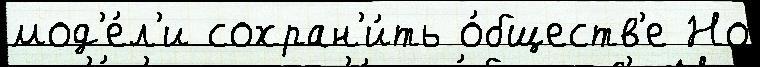
мод'е́л'и сохран'и́ть о́бществ'е Но